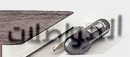
المواصلات